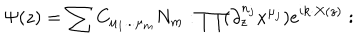
\Psi ( z ) = \sum C _ { \mu _ { 1 } . . . \mu _ { m } } N _ { m } : \prod ( \partial _ { z } ^ { n _ { j } } x ^ { \mu _ { j } } ) e ^ { i k \cdot X ( z ) } :